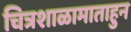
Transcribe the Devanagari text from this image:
चित्रशाळामाताहुन